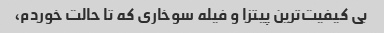
بی کیفیت‌ترین پیتزا و‌ فیله سوخاری که تا حالت خوردم،